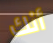
أنك